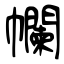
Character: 幱